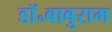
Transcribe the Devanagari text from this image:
डॉ॰बाबुराम